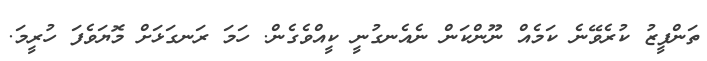
ތަންފީޒު ކުރެވޭނެ ކަމެއް ނޫންކަން ނެއެނގުނީ ކީއްވެގެން. ހަމަ ރަނގަޅަށް މޮޔަވެފަ ހުރީމަ.